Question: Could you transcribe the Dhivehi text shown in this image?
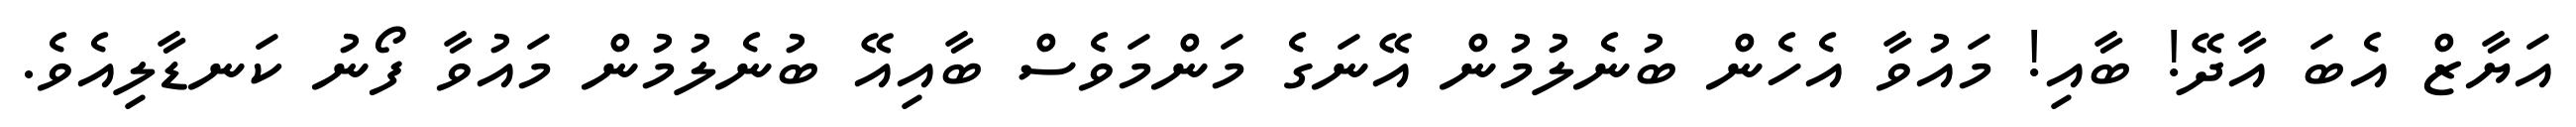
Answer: އަޔާޒް އެބަ އާދޭ! ބާއި! މައުވާ އެހެން ބުނެލުމުން އޭނަގެ މަންމަވެސް ބާއިއޭ ބުނެލުމުން މައުވާ ފޯނު ކަނޑާލިއެވެ.